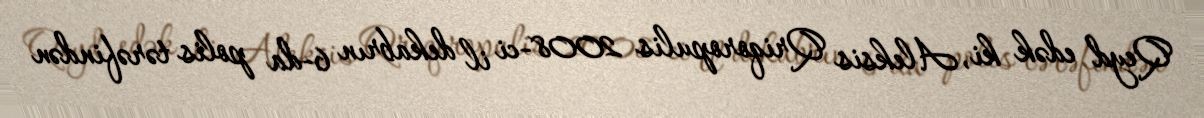
Qeyd edək ki, Aleksis Qriqoropulis 2008-ci il dekabrın 6-da polis tərəfindən